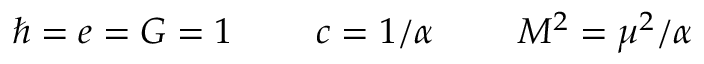
\hbar = e = G = 1 ~ ~ ~ ~ ~ ~ ~ c = 1 / \alpha ~ ~ ~ ~ ~ ~ ~ M ^ { 2 } = \mu ^ { 2 } / \alpha